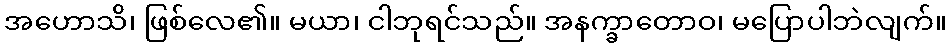
အဟောသိ၊ ဖြစ်လေ၏။ မယာ၊ ငါဘုရင်သည်။ အနက္ခာတောဝ၊ မပြောပါဘဲလျက်။